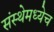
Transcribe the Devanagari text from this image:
संस्थेमध्येच